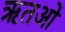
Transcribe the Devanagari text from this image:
ऋतओं